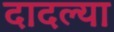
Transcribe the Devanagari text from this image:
दादल्या